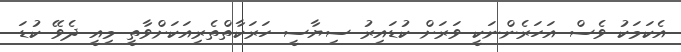
އެކަމަކު ވެސް އަހަރެންނަކީ ވަރަށް ކުޑައިރު ސިޔާސީ ހަރަކާތްތެރިއަކަށްވާތީ މިއީ ދެވޭ ކުޑަ